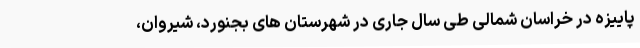
پاییزه در خراسان شمالی طی سال جاری در شهرستان های بجنورد، شیروان،